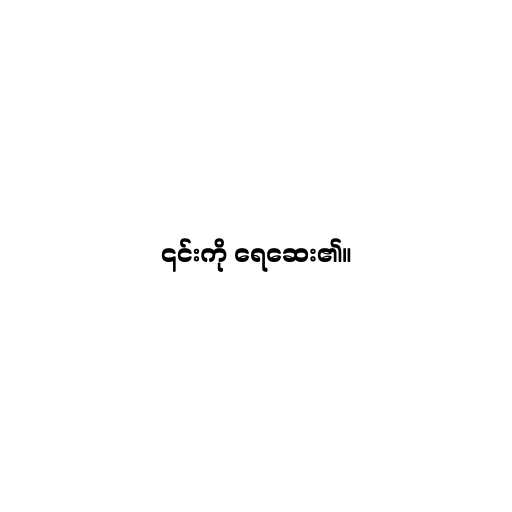
၎င်းကို ရေဆေး၏။